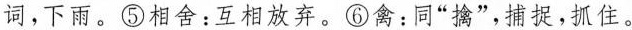
词，下雨。⑤相舍：互相放弃。⑥禽：同”擒”，捕捉，抓住。